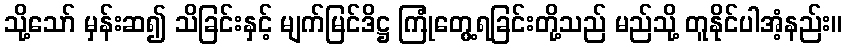
သို့သော် မှန်းဆ၍ သိခြင်းနှင့် မျက်မြင်ဒိဋ္ဌ ကြုံတွေ့ရခြင်းတို့သည် မည်သို့ တူနိုင်ပါအံ့နည်း။